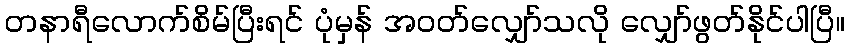
တနာရီလောက်စိမ်ပြီးရင် ပုံမှန် အဝတ်လျှော်သလို လျှော်ဖွတ်နိုင်ပါပြီ။